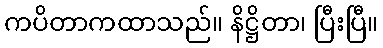
ကပိတာကထာသည်။ နိဋ္ဌိတာ၊ ပြီးပြီ။